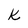
Character: k